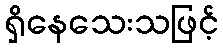
ရှိနေသေးသဖြင့်